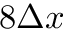
8 \Delta x